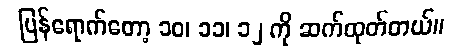
ပြန်ရောက်တော့ ၁၀၊ ၁၁၊ ၁၂ ကို ဆက်ထုတ်တယ်။